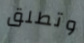
وتطلق